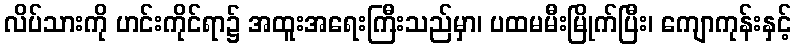
လိပ်သားကို ဟင်းကိုင်ရာ၌ အထူးအရေးကြီးသည်မှာ၊ ပထမမီးမြိုက်ပြီး၊ ကျောကုန်းနှင့်